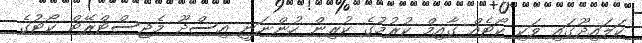
ކަލައިދޫގައި ވަކި ކޯޓެއް ގާއިމް ކުރުމުގެ ކުރިން ހުންނަނީ އިސްދޫ މެޖިސްޓްރޭޓް ކޯޓުގެ